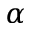
\alpha